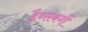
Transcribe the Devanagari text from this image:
हैब्सबर्गी